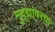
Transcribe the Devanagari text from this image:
मुद्द्यांवरचा